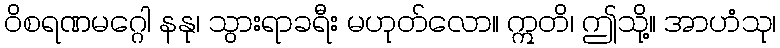
ဝိစရဏမဂ္ဂေါ နနု၊ သွားရာခရီး မဟုတ်လော။ ဣတိ၊ ဤသို့။ အာဟံသု၊